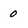
Character: 0